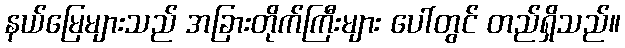
နယ်မြေများသည် အခြားတိုက်ကြီးများ ပေါ်တွင် တည်ရှိသည်။